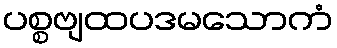
ပစ္စဗျထပဒမသောကံ